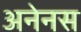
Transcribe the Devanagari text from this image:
अनेनस